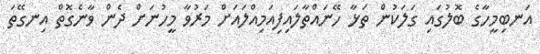
އަނބިމީހާގެ ބޮލުގައި ގަލަކުން ތަޅާ ހޭނައްތާލައިފިއަމިއްލައަށް މަރުވާ މީހުނަށް ދެން ވާނެގޮތް އިނގޭތަ